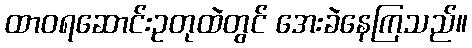
ထာဝရဆောင်းဥတုထဲတွင် အေးခဲနေကြသည်။